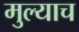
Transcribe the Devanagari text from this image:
मुल्याच